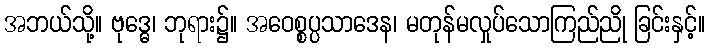
အဘယ်သို့။ ဗုဒ္ဓေ၊ ဘုရား၌။ အဝေစ္စပ္ပသာဒေန၊ မတုန်မလှုပ်သောကြည်ညို ခြင်းနှင့်။